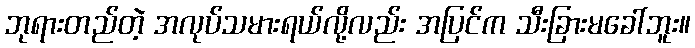
ဘုရားတည်တဲ့ အလုပ်သမားရယ်လို့လည်း အပြင်က သီးခြားမခေါ်ဘူး။